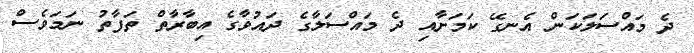
ދެ މައްސަލަކަން އެނގޭ ކަމަށާއި ދެ މައްސަލާގެ ދައުވާގެ އިބާރާތް ތަފާތު ނަމަވެސް